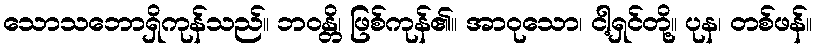
သောသဘောရှိကုန်သည်။ ဘဝန္တိ၊ ဖြစ်ကုန်၏။ အာဝုသော၊ ငါ့ရှင်တို့။ ပုန၊ တစ်ဖန်။